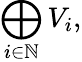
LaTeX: \bigoplus_{i\in\mathbb{N}}V_{i},